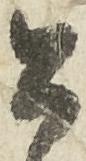
公